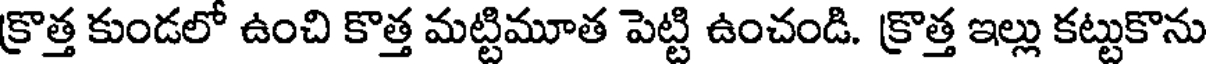
క్రొత్త కుండలో ఉంచి కొత్త మట్టిమూత పెట్టి ఉంచండి. క్రొత్త ఇల్లు కట్టుకొను